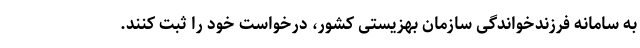
به سامانه فرزندخواندگی سازمان بهزیستی کشور، درخواست خود را ثبت کنند.